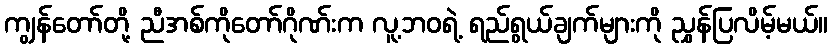
ကျွန်တော်တို့ ညီအစ်ကိုတော်ဂိုဏ်းက လူ့ဘဝရဲ့ ရည်ရွယ်ချက်များကို ညွှန်ပြလိမ့်မယ်။